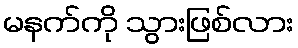
မနက်ကို သွားဖြစ်လား